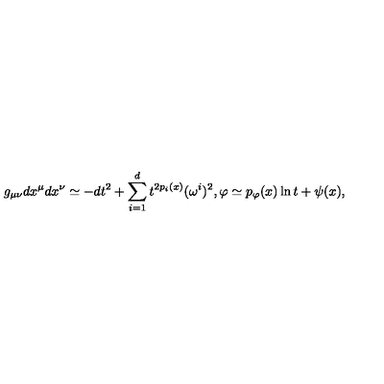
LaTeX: g _ { \mu \nu } d x ^ { \mu } d x ^ { \nu } \simeq - d t ^ { 2 } + \sum _ { i = 1 } ^ { d } t ^ { 2 p _ { i } ( x ) } ( \omega ^ { i } ) ^ { 2 } , \varphi \simeq p _ { \varphi } ( x ) \ln t + \psi ( x ) ,